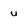
Character: u